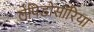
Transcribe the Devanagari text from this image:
लेपिडोसॉरिया